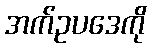
အက်ဥပဒေကို